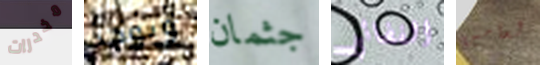
مخدرات ويوجد جثمان الفضائي لعامين